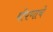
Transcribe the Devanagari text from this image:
मीपणाचे